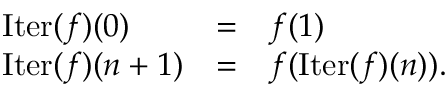
\begin{array} { l c l } { \operatorname { I t e r } ( f ) ( 0 ) } & { = } & { f ( 1 ) } \\ { \operatorname { I t e r } ( f ) ( n + 1 ) } & { = } & { f ( \operatorname { I t e r } ( f ) ( n ) ) . } \end{array}